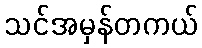
သင်အမှန်တကယ်